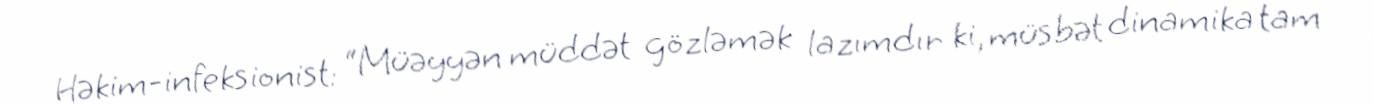
Həkim-infeksionist: “Müəyyən müddət gözləmək lazımdır ki, müsbət dinamika tam